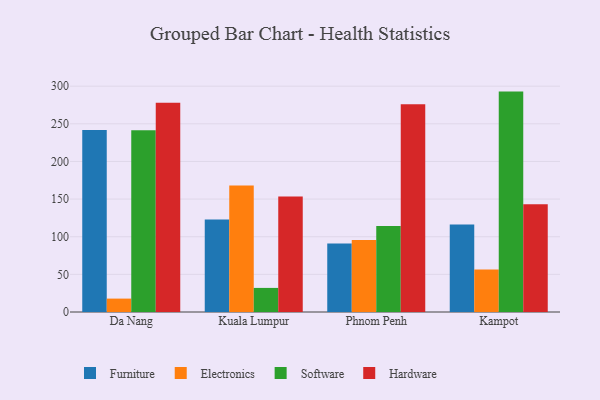
{"axis": {"x": "City", "y": "Humidity (%)"}, "legend": ["Electronics", "Furniture", "Hardware", "Software"], "data": [{"x": "Da Nang", "y": 241.9, "type": "Furniture"}, {"x": "Da Nang", "y": 17.8, "type": "Electronics"}, {"x": "Da Nang", "y": 241.3, "type": "Software"}, {"x": "Da Nang", "y": 278.1, "type": "Hardware"}, {"x": "Kuala Lumpur", "y": 122.9, "type": "Furniture"}, {"x": "Kuala Lumpur", "y": 168.1, "type": "Electronics"}, {"x": "Kuala Lumpur", "y": 32.0, "type": "Software"}, {"x": "Kuala Lumpur", "y": 153.3, "type": "Hardware"}, {"x": "Phnom Penh", "y": 90.9, "type": "Furniture"}, {"x": "Phnom Penh", "y": 95.8, "type": "Electronics"}, {"x": "Phnom Penh", "y": 114.4, "type": "Software"}, {"x": "Phnom Penh", "y": 275.9, "type": "Hardware"}, {"x": "Kampot", "y": 116.1, "type": "Furniture"}, {"x": "Kampot", "y": 56.6, "type": "Electronics"}, {"x": "Kampot", "y": 292.8, "type": "Software"}, {"x": "Kampot", "y": 143.1, "type": "Hardware"}]}